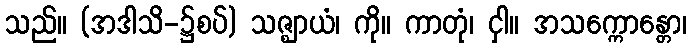
သည်။ (အဒါသိ-၌စပ်) သဇ္ဈာယံ၊ ကို။ ကာတုံ၊ ငှါ။ အသက္ကောန္တော၊